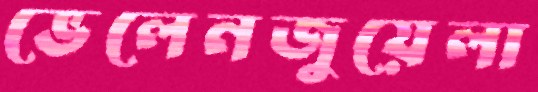
ভেলেনজুয়েলা